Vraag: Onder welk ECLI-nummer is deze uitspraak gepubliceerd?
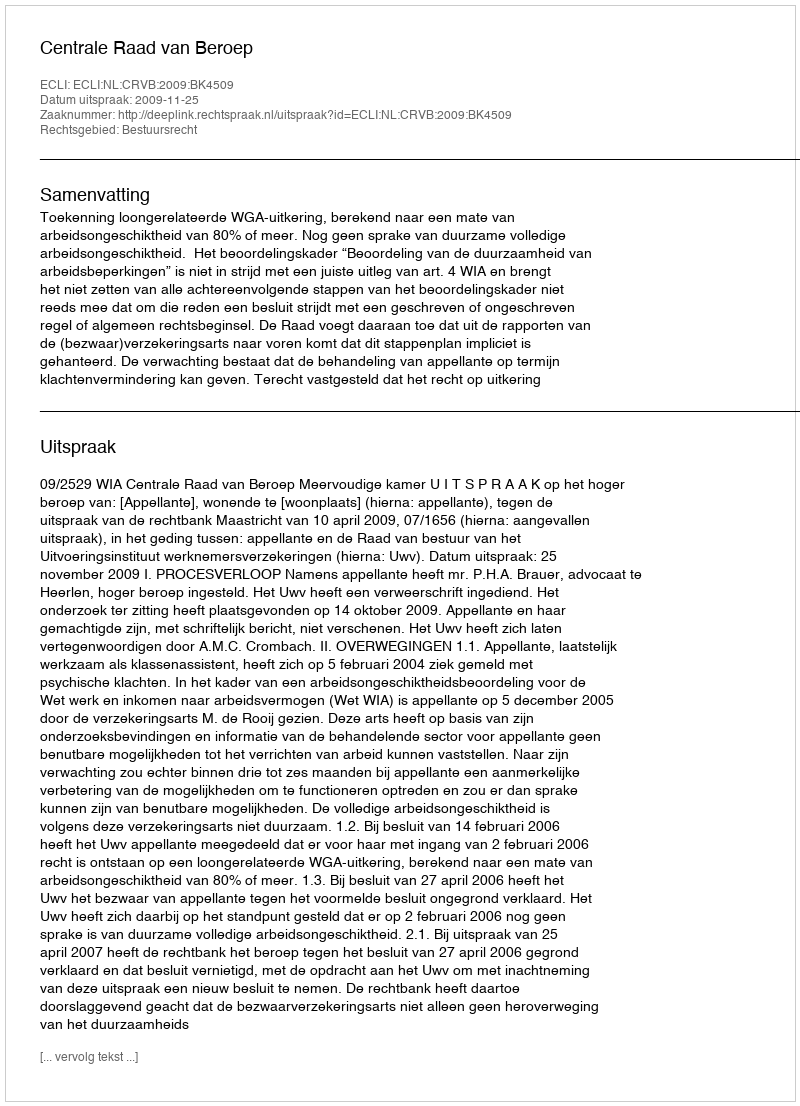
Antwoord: ECLI:NL:CRVB:2009:BK4509